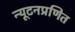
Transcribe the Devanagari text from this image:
न्यूटनप्रणित